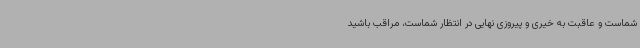
شماست و عاقبت به خیری و پیروزی نهایی در انتظار شماست، مراقب باشید